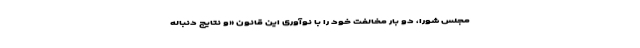
مجلس شورا، دو بار مخالفت خود را با نوآوری این قانون «و نتایج دنباله